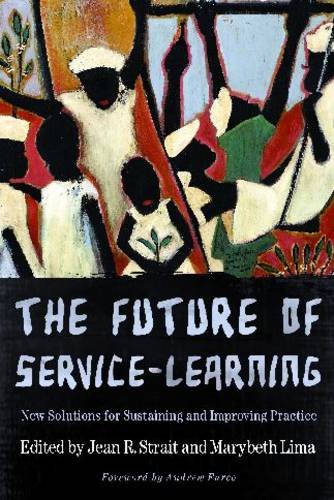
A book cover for The Future of Service-Learning: New Solutions for Sustaining and Improving Practice; Business & Money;